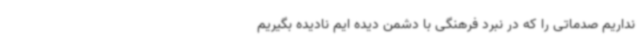
نداریم صدماتی را که در نبرد فرهنگی با دشمن دیده ایم نادیده بگیریم